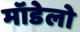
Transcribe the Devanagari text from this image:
मॉडेलो